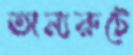
অন্যরুটে